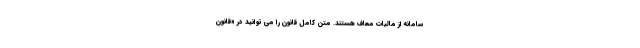
سامانه از مالیات معاف هستند. متن کامل قانون را می توانید در «قانون